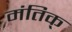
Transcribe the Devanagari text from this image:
मंतिक्‌